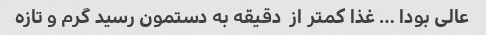
عالی بودا … غذا کمتر از  دقیقه به دستمون رسید گرم‌ و تازه